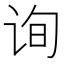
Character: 询